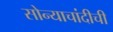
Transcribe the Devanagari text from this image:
सोन्याचांदीची